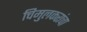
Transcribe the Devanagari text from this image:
चिमुलकरांचा